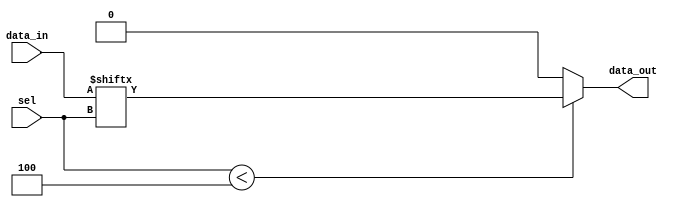
module parameterized_mux #(
    parameter N = 4 // Number of data inputs
) (
    input  wire [N-1:0] data_in, // Data inputs
    input  wire [$clog2(N)-1:0] sel, // Select lines
    output reg  data_out // Output
);

    always @(*) begin
        // Default output to zero (or could be set to a specific value)
        data_out = 1'b0;

        // Check if the select signal is within range
        if (sel < N) begin
            data_out = data_in[sel]; // Select the corresponding data input
        end
        // Optionally handle out-of-range select signals here
        // else begin
        //     // Handle out-of-range case (e.g., set to default value or error signal)
        //     data_out = 1'b0; // Default output
        // end
    end

endmodule